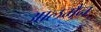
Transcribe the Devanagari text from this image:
आलमैन